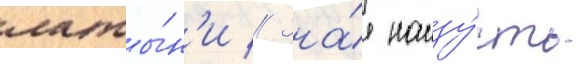
латы́н'и // Зна́я наизу́сть